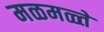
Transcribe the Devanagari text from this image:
मळमळ्ते